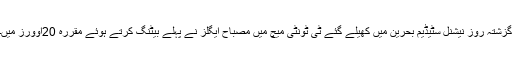
گزشتہ روز نیشنل سٹیڈیم بحرین میں کھیلے گئے ٹی ٹونٹی میچ میں مصباح ایگلز نے پہلے بیٹنگ کرتے ہوئے مقررہ 20اوورز میں۔